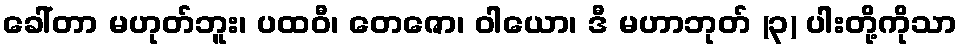
ခေါ်တာ မဟုတ်ဘူး၊ ပထဝီ၊ တေဇော၊ ဝါယော၊ ဒီ မဟာဘုတ် (၃) ပါးတို့ကိုသာ